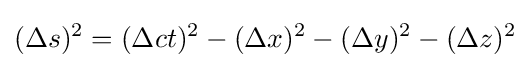
(\Delta s)^{2}=(\Delta ct)^{2}-(\Delta x)^{2}-(\Delta y)^{2}-(\Delta z)^{2}